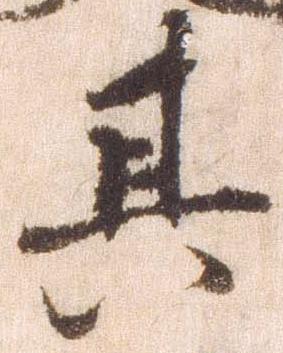
其